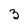
Character: 3